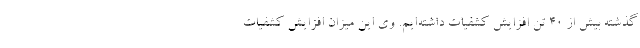
گذشته بیش از ۴۰ تن افزایش کشفیات داشته‌ایم. وی این میزان افزایش کشفیات